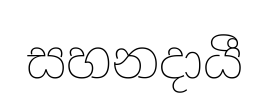
සහනදායී